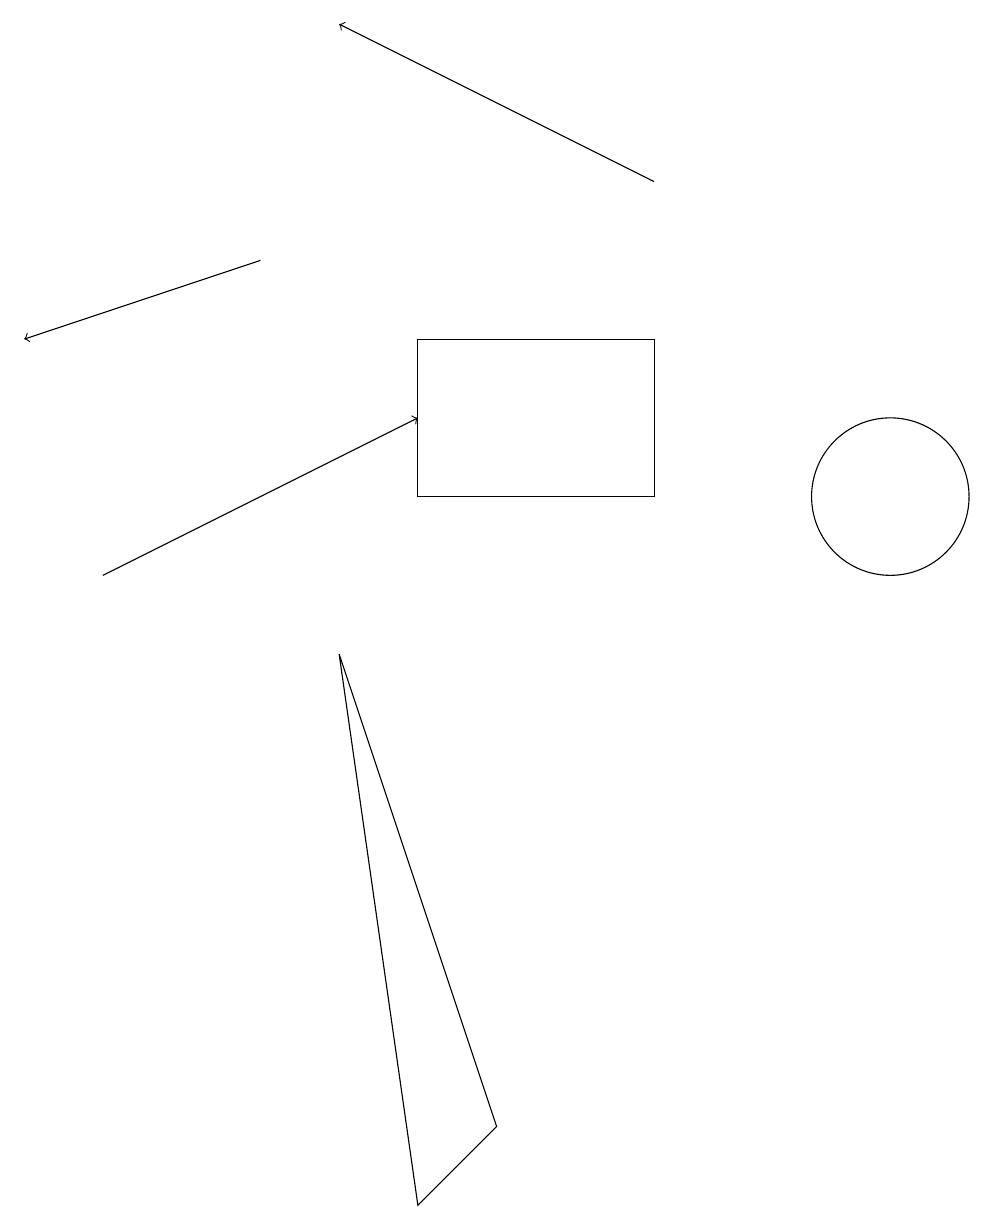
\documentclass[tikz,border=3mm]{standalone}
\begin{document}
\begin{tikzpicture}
\draw[->] (8,15) -- (4,17);
\draw[->] (3,14) -- (0,13);
\draw[->] (1,10) -- (5,12);
\draw (5,13) rectangle (8,11);
\draw (5,2) -- (4,9) -- (6,3) -- cycle;
\draw (11,11) circle (1);
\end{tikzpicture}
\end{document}